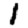
Digit: 1